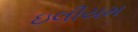
ઇલીયમ